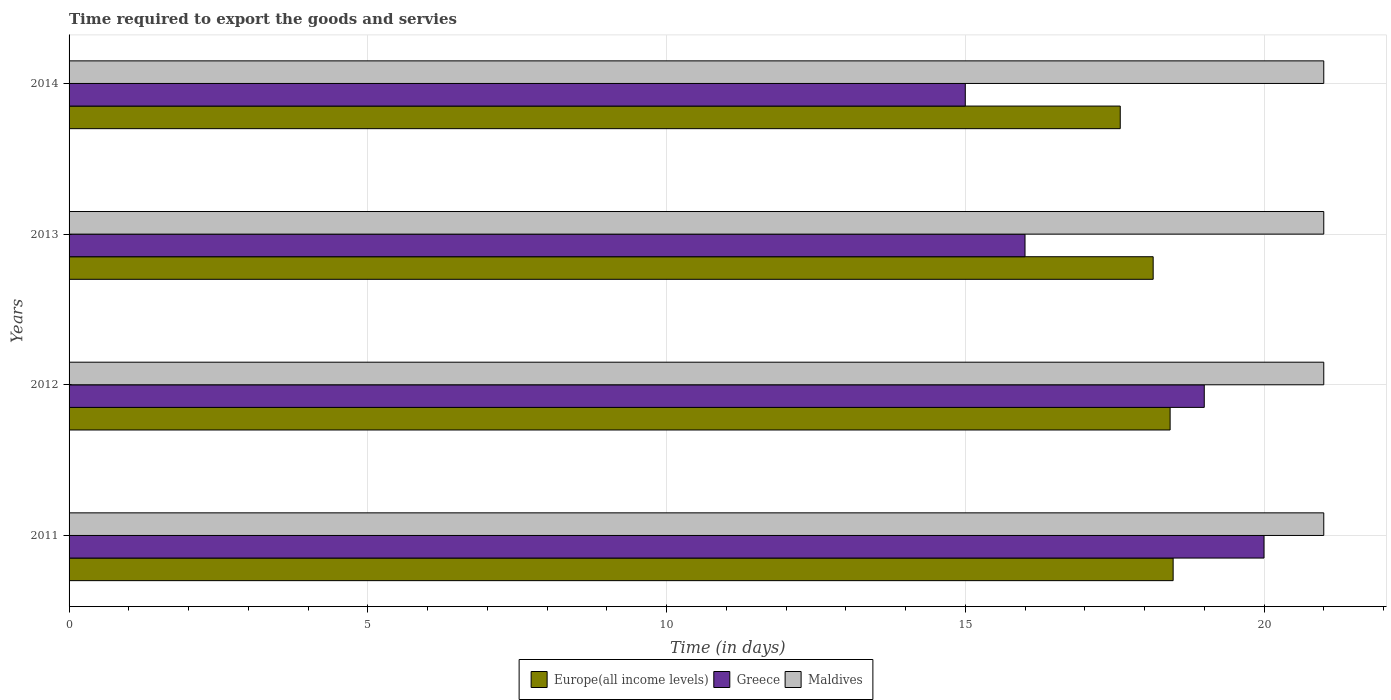
| Years | Europe(all income levels) | Greece | Maldives |
 | --- | --- | --- | --- |
 | 2011 | 18.5 | 20 | 21 |
 | 2012 | 18.4 | 19 | 21 |
 | 2013 | 18.1 | 16 | 21 |
 | 2014 | 17.6 | 15 | 21 |